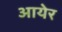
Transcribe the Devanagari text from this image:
आयेर